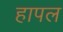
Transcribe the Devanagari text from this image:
हापल